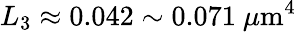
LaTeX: L_{3}\approx 0.042\sim 0.071~\mu\mathrm{m}^{4}